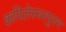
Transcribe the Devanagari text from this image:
कपिलेस्वरपुरम